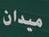
ميدان